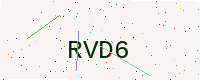
Text: RVD6